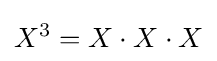
X^{3}=X\cdot X\cdot X